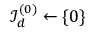
{ \mathcal { I } } _ { d } ^ { ( 0 ) } \gets \{ { \boldsymbol { 0 } } \}